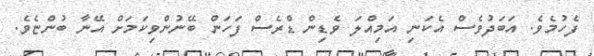
ފެހުމެވެ. އަބަދުވެސް އެކަނި އަމިއްލަ ވެޑިން ޑްރެސް ފަހަން ބޭނުންވިކަމަށް އޭނާ ބުންޏެވެ.